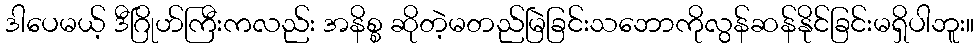
ဒါပေမယ့် ဒီဂြိုဟ်ကြီးကလည်း အနိစ္စ ဆိုတဲ့မတည်မြဲခြင်းသဘောကိုလွန်ဆန်နိုင်ခြင်းမရှိပါဘူး။